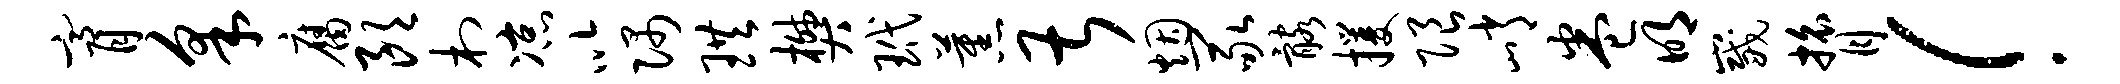
膏采腐朗村凉以隅珙樊玳蕉甚烟冢髂攫限峭卷明崴膂！